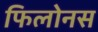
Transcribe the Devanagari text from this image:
फिलोनस